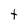
Character: t